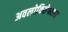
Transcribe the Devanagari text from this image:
अवलोकितेश्वराय